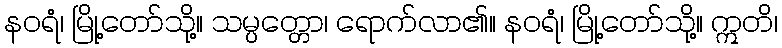
နဝရံ၊ မြို့တော်သို့။ သမ္ပတ္တော၊ ရောက်လာ၏။ နဝရံ၊ မြို့တော်သို့။ ဣတိ၊